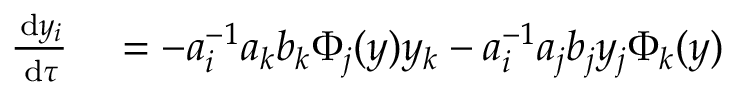
\begin{array} { r l } { \frac { \, \mathrm { d } y _ { i } } { \, \mathrm { d } \tau } } & { { } = - a _ { i } ^ { - 1 } a _ { k } b _ { k } \Phi _ { j } ( \boldsymbol { y } ) y _ { k } - a _ { i } ^ { - 1 } a _ { j } b _ { j } y _ { j } \Phi _ { k } ( \boldsymbol { y } ) } \end{array}